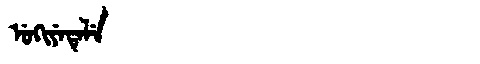
Manchu: ᡠᡴᡳᠶᡝᡨᡝᠯᡝ
Romanization: UKIYETELE